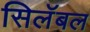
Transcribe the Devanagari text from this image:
सिलॅबल